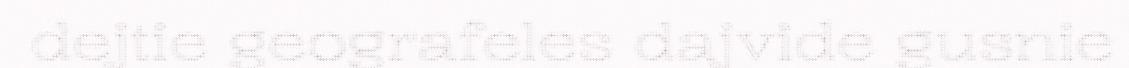
dejtie geografeles dajvide gusnie